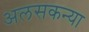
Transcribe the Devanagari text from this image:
अलसकन्या